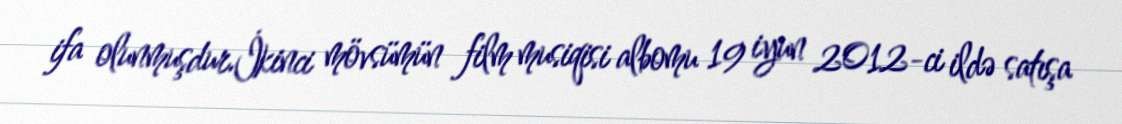
ifa olunmuşdur.İkinci mövsümün film musiqisi albomu 19 iyun 2012-ci ildə satışa